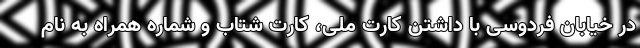
در خیابان فردوسی با داشتن کارت ملی، کارت شتاب و شماره همراه به نام